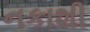
નકાશી